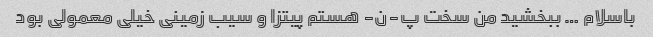
باسلام … ببخشید من سخت پ-ن- هستم پیتزا و سیب زمینی خیلی معمولی بود